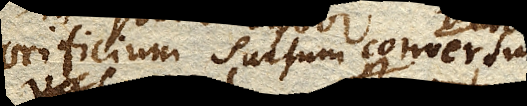
orificium apertum sursum conversum